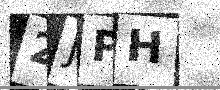
Text: 2JPH